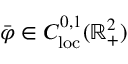
\bar { \varphi } \in C _ { \mathrm { l o c } } ^ { 0 , 1 } ( \mathbb { R } _ { + } ^ { 2 } )